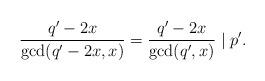
LaTeX: \begin{align*} \frac{q' - 2x}{\gcd(q' - 2x, x)} = \frac{q' - 2x}{\gcd(q', x)} \mid p'.\end{align*}